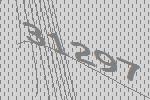
31297